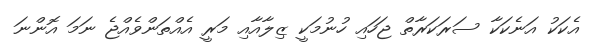
އެކަކު އަނެކަކާ ސަރަކަރާތް ޖަހައި ހުނުމަކީ ޒިލާއާއި މަރީ އެއްތަންވެއްޖެ ނަމަ އޮންނަ